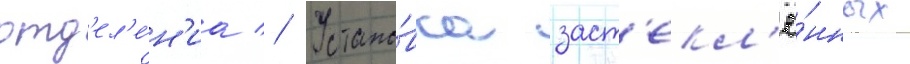
отд'ел'е́н'иа // Устано́вка заст'екл'ё́нных